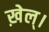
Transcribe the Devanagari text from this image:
ख़ेल्।